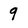
Character: 9